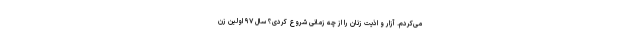
می‌کردم. آزار و اذیت زنان را از چه زمانی شروع کردی؟ سال ۹۷ اولین زن